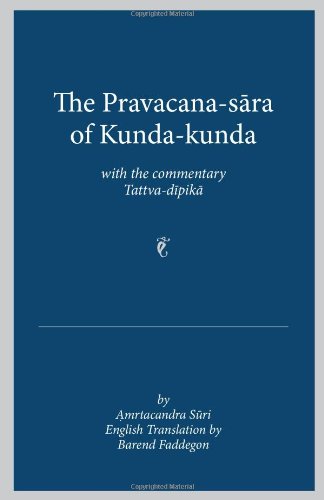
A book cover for The Pravacana-sara of Kunda-kunda With the Commentary Tattva-dipika; Amrtacandra Suri; Religion & Spirituality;